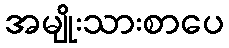
အမျိုးသားစာပေ